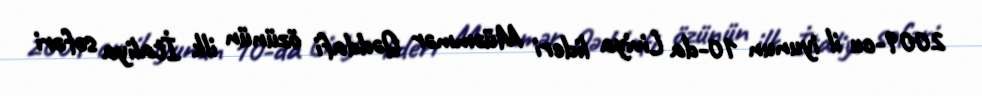
2009-cu il iyunun 10-da Liviya lideri Müəmmər Qəddafi özünün ilk İtaliya səfəri